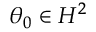
\theta _ { 0 } \in H ^ { 2 }